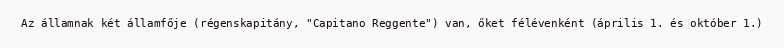
Az államnak két államfője (régenskapitány, "Capitano Reggente") van, őket félévenként (április 1. és október 1.)